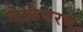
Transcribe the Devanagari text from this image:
वेळेवरच